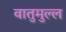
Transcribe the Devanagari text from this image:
वातुमुल्ल